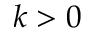
k > 0